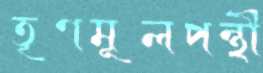
তৃণমূলপন্থী